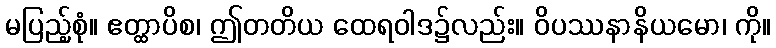
မပြည့်စုံ။ ဧတ္ထာပိစ၊ ဤတတိယ ထေရဝါဒ၌လည်း။ ဝိပဿနာနိယမော၊ ကို။